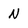
Character: N